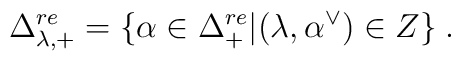
\Delta^{re}_{\lambda,+} = \{  \alpha \in \Delta^{re}_+ | (\lambda,\alpha^\vee)\in Z  \}\;.